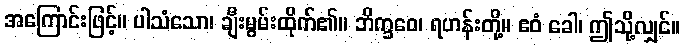
အကြောင်းဖြင့်။ ပါသံသော၊ ချီးမွမ်းထိုက်၏။ ဘိက္ခဝေ၊ ရဟန်းတို့။ ဧဝံ ခေါ၊ ဤသို့လျှင်။